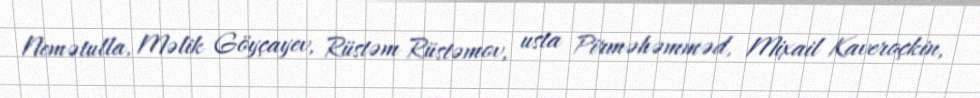
Nemətulla, Məlik Göyçayev, Rüstəm Rüstəmov, usta Pirməhəmməd, Mixail Kaveroçkin,